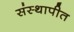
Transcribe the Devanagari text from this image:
संस्थापीत